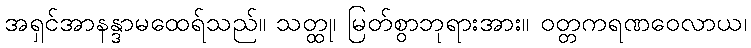
အရှင်အာနန္ဒာမထေရ်သည်။ သတ္ထု၊ မြတ်စွာဘုရားအား။ ဝတ္တကရဏဝေလာယ၊